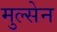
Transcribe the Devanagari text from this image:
मुल्सेन